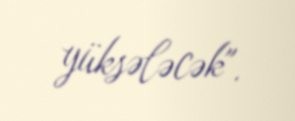
yüksələcək".